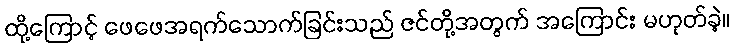
ထို့ကြောင့် ဖေဖေအရက်သောက်ခြင်းသည် ဇင်တို့အတွက် အကြောင်း မဟုတ်ခဲ့။